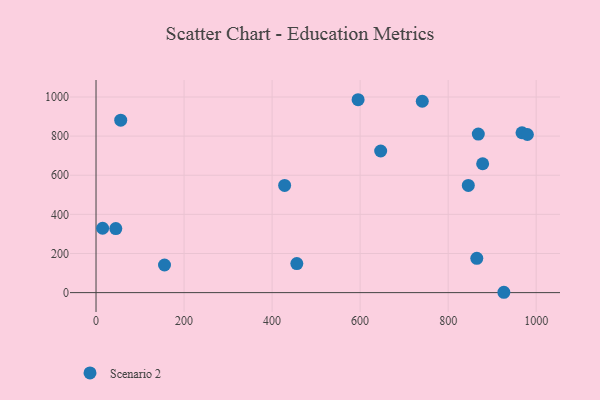
{"axis": {"x": "Ad Spend", "y": "Yield"}, "legend": ["Scenario 2"], "data": [{"x": "865.1", "y": 175.1, "type": "Scenario 2"}, {"x": "646.7", "y": 723.9, "type": "Scenario 2"}, {"x": "878.4", "y": 658.7, "type": "Scenario 2"}, {"x": "15.0", "y": 329.1, "type": "Scenario 2"}, {"x": "56.1", "y": 881.6, "type": "Scenario 2"}, {"x": "926.6", "y": 1.7, "type": "Scenario 2"}, {"x": "741.2", "y": 978.3, "type": "Scenario 2"}, {"x": "967.8", "y": 817.2, "type": "Scenario 2"}, {"x": "980.0", "y": 808.2, "type": "Scenario 2"}, {"x": "428.5", "y": 548.2, "type": "Scenario 2"}, {"x": "845.8", "y": 547.9, "type": "Scenario 2"}, {"x": "456.2", "y": 148.5, "type": "Scenario 2"}, {"x": "595.4", "y": 986.1, "type": "Scenario 2"}, {"x": "44.9", "y": 327.5, "type": "Scenario 2"}, {"x": "868.5", "y": 810.3, "type": "Scenario 2"}, {"x": "155.6", "y": 141.2, "type": "Scenario 2"}]}